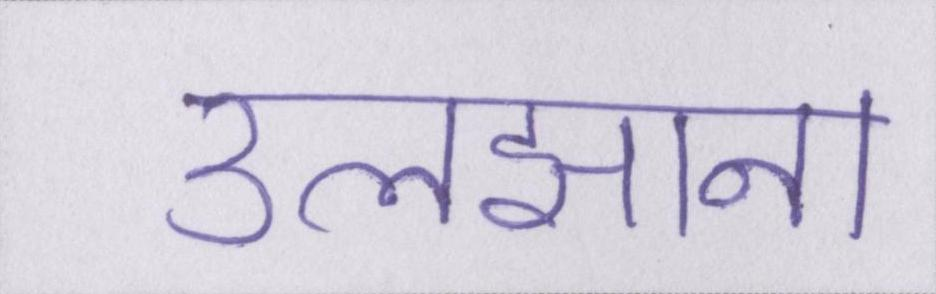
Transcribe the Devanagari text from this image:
उलझाना